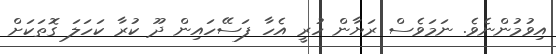
އިވުމުންނެވެ. ނަމަވެސް ރަޔާން ހުރީ އެހާ ފަސޭހައިން ދޫ ކުރާ ކަހަލަ ގޮތަކަށް